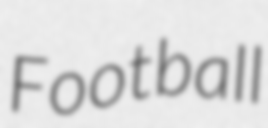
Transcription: Football